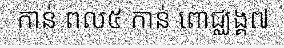
កាន់ ពល៥ កាន់ ពោជ្ឈង្គ៧